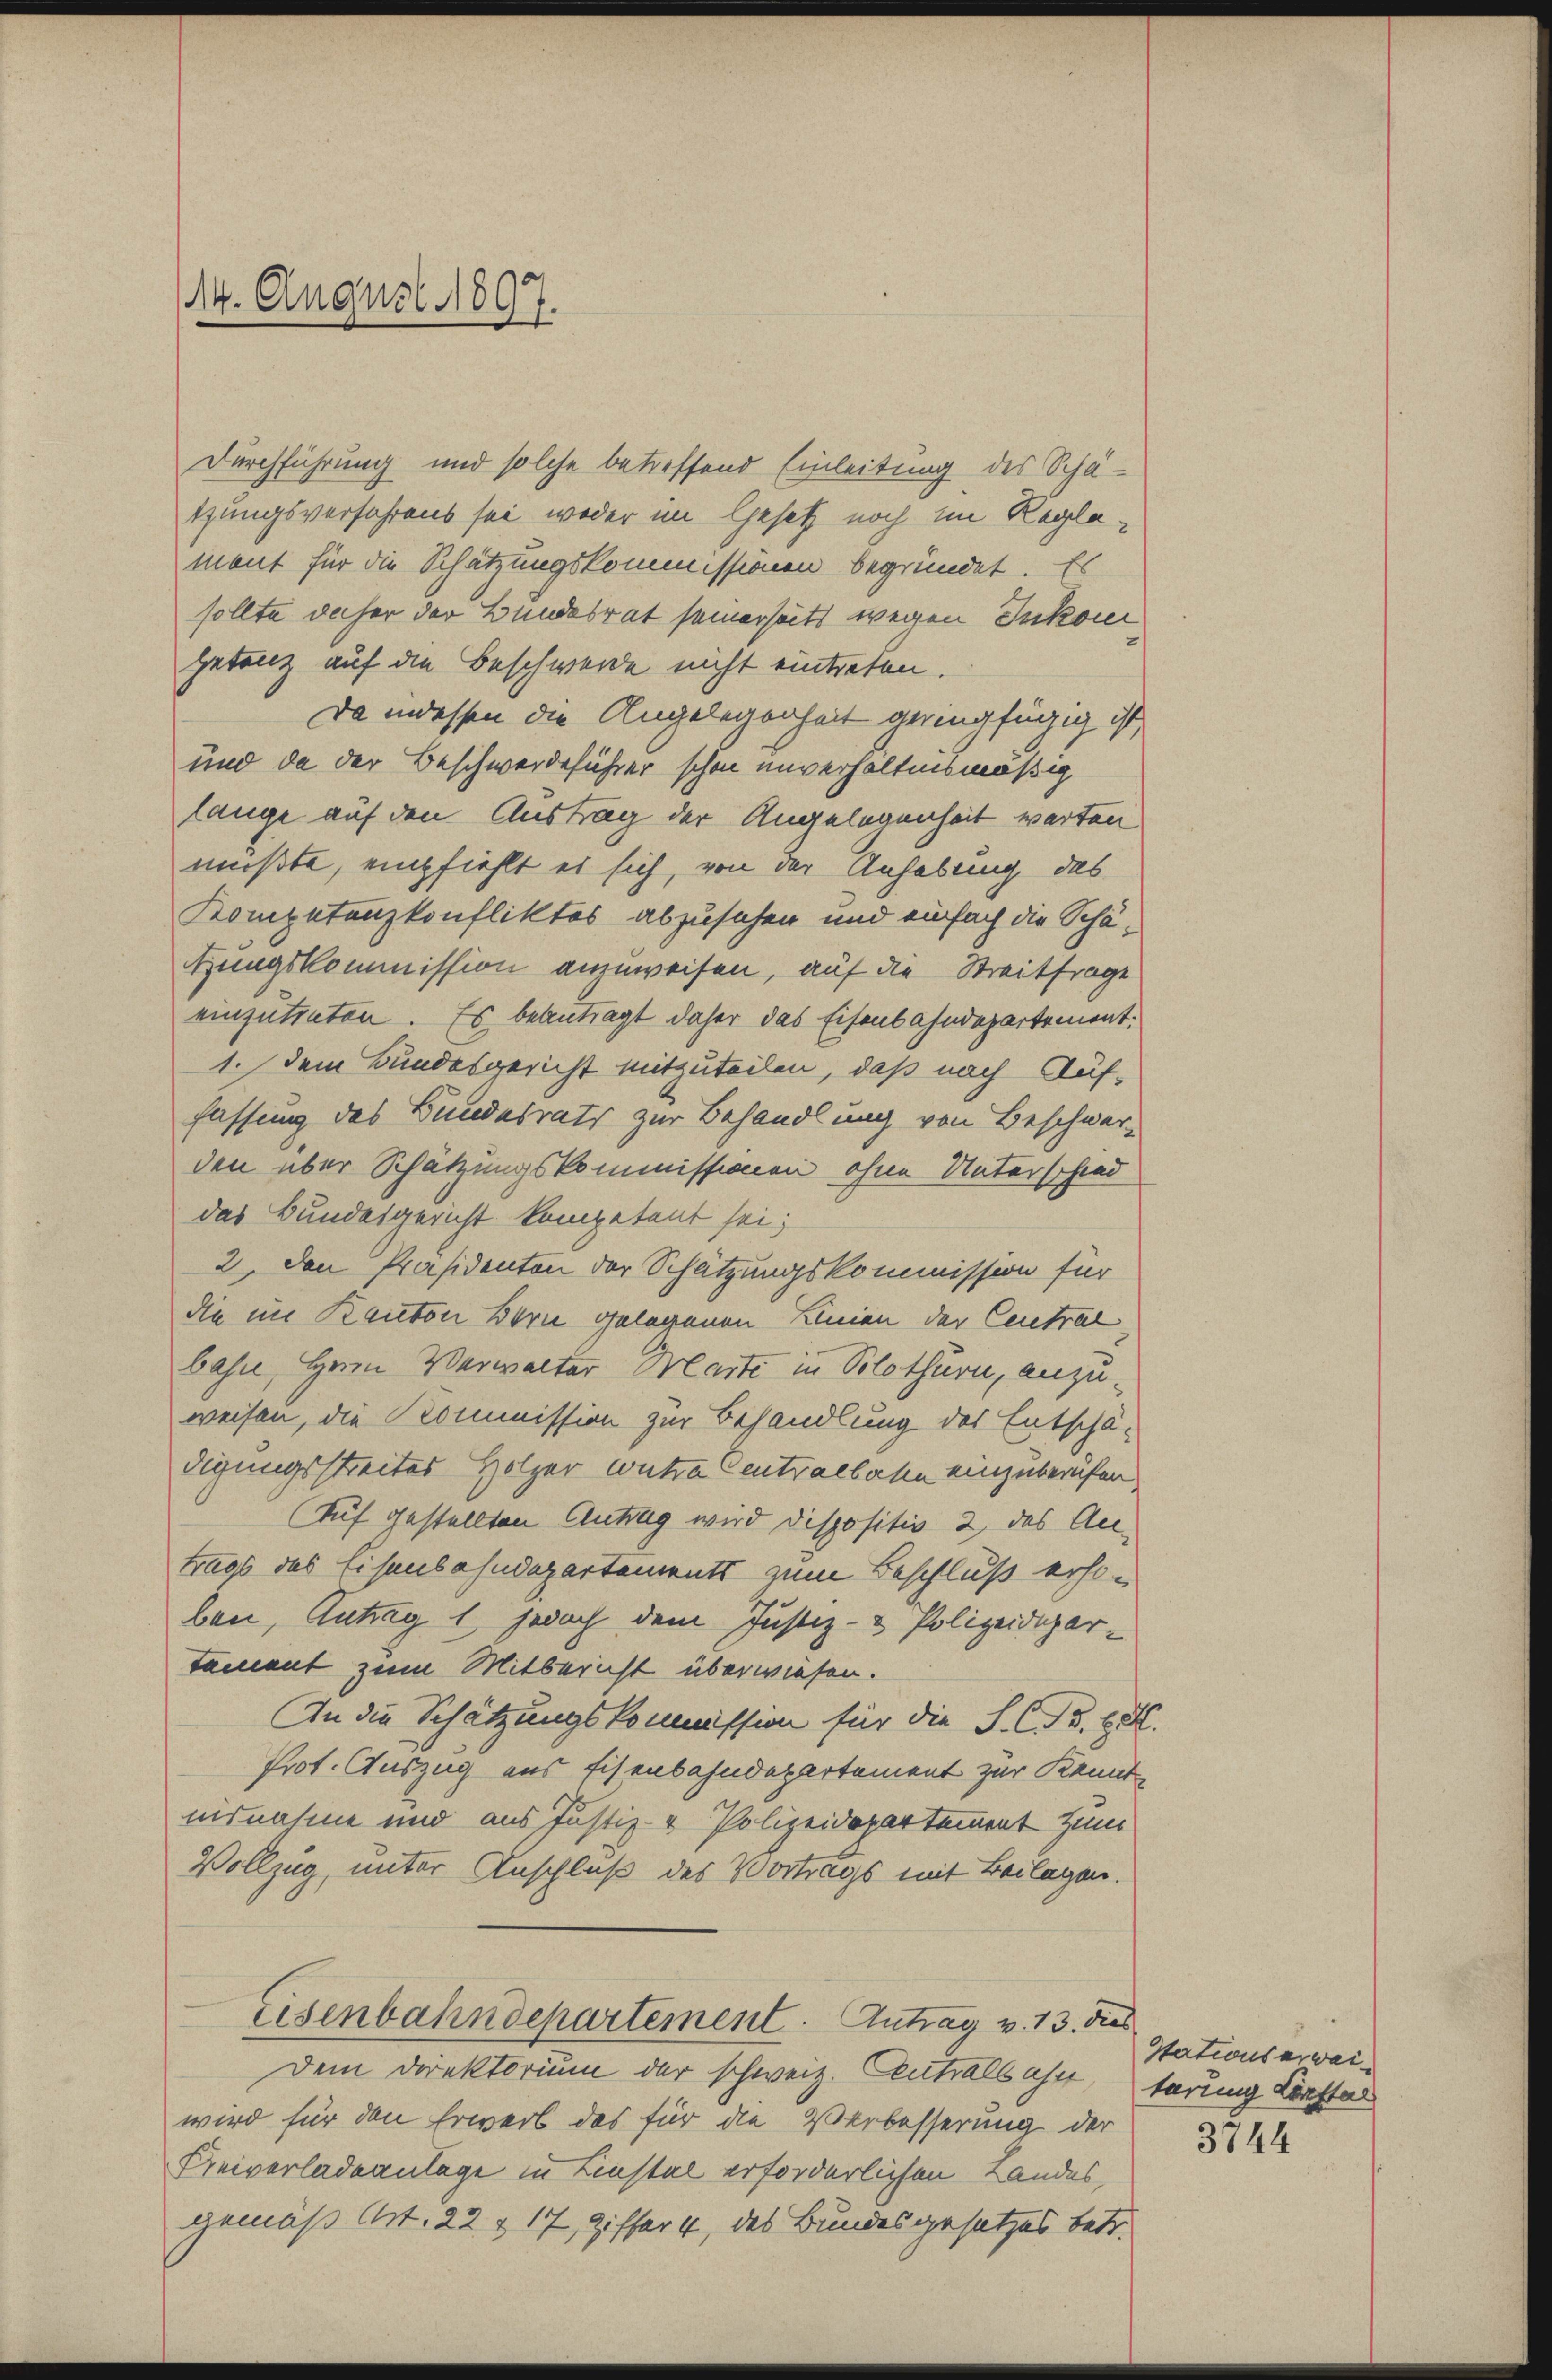
1. August 1897.

Durchführung und solche betreffend Einleitung des Schätzungsverfahrens sei weder im Gesetz noch im Reglement für die Schätzungskommissionen begründet. Es
sollte daher der Bundesrat seinerseits wegen Inkon
getanz auf die Beschwerde nicht eintreten.
Da indessen die Angelegenheit geringfügig ist
und da der Beschwerdeführer schon unverhältnismäßig
lange auf den Austrag der Angelegenheit warten
müßte, empfiehlt es sich, von der Anhebung des
Kompetenzkonfliktes abzusehen und einfach die Schä¬
Hungskommission anzuweisen, auf die Streitfrage
einzutreten. Es beantragt daher das Eisenbahndepartement:
1. Dem Bundesgericht mitzuteilen, daß nach Auf-
fassung des Bundesrats zur Behandlung von Beschwer-
den über Schätzungskommissionen ohne Unterschied
das Bundesgericht kompetent sei;
2). Den Präsidenten der Schätzungskommission für
die im Kanton Bern gelegenen Linien der Central
bahn, Herrn Verwalter Marte in Solothurn, anzu-
weisen, die Kommission zur Behandlung des Entschä-
digungsstreites Holzer wutza Centralbahn einzuberufen,
Auf gestellten Antrag wird dispositiv 2, das Antrags des Eisenbahndepartements zum Beschluß erson
ben, Antrag 1, jedoch dem Justiz- & Polizeidiger-
tement zum Mitbericht überwiesen.
An die Schätzungskommission für die S. C. c.
Prot. Auszug aus Eisenbahndepartement zur Kennt
uisnahme und aus Justiz- & Polizeidepartement zum
Vollzug, unter Anschluß des Vortrags mit Beilagen.
Eisenbahndepartement. Antrag v. 13. dies
Dem Direktorium der schweiz. Centralbahn törung Konsta
wird für den Erwerb des für die Verbesserung der
Freiverladeanlage in Liestal erforderlichen Landes,
gemäß Art. 22 & 17, Ziffer 4, das Bundesgesetzes betr.

Stationserwei¬

3744